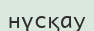
нүсқау